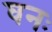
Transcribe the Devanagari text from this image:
घनः